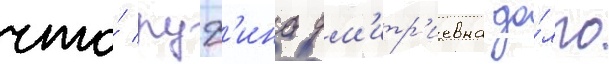
что́ руф'ина дм'итр'иевна до́лго